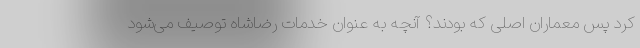
کرد پس معماران اصلی که بودند؟ آنچه به عنوان خدمات رضاشاه توصیف می‌شود